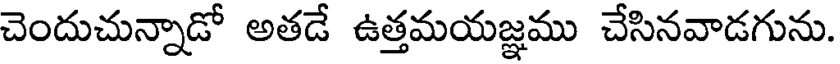
చెందుచున్నాడో అతడే ఉత్తమయజ్ఞము చేసినవాడగును.